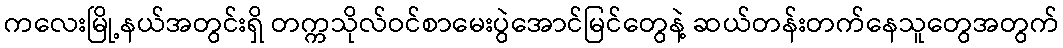
ကလေးမြို့နယ်အတွင်းရှိ တက္ကသိုလ်ဝင်စာမေးပွဲအောင်မြင်တွေနဲ့ ဆယ်တန်းတက်နေသူတွေအတွက်